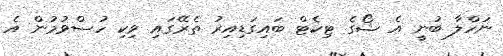
ނަހްލާ ބުނީ އެ ޝޯގެ ޓިކެޓް ބައިގަޑިއިރު ތެރޭގައި ވިކި ހުސްވުމުން އެ